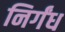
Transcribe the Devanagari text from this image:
निर्गंध